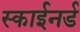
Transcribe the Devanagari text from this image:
स्काईनर्ड